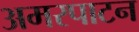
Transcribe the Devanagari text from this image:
अमरपाटन